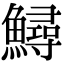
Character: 鱘